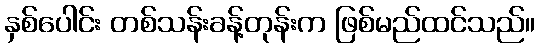
နှစ်ပေါင်း တစ်သန်းခန့်တုန်းက ဖြစ်မည်ထင်သည်။